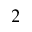
^ 2